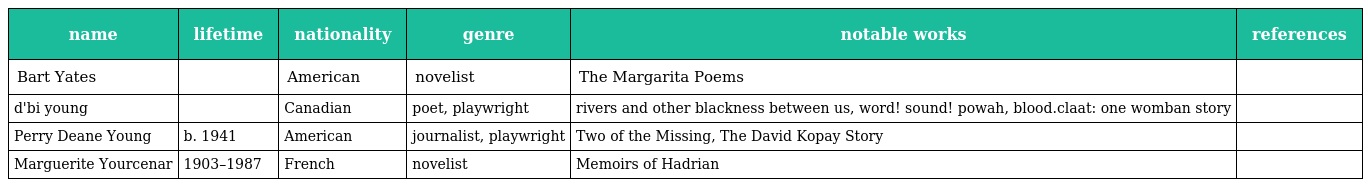
| name | lifetime | nationality | genre | notable works | references |
 | --- | --- | --- | --- | --- | --- |
 | Bart Yates |  | American | novelist | The Margarita Poems |  |
 | d'bi young |  | Canadian | poet, playwright | rivers and other blackness between us, word! sound! powah, blood.claat: one womban story |  |
 | Perry Deane Young | b. 1941 | American | journalist, playwright | Two of the Missing, The David Kopay Story |  |
 | Marguerite Yourcenar | 1903–1987 | French | novelist | Memoirs of Hadrian |  |